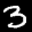
Label: 3